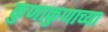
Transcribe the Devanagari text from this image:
कुणाकुणाच्या